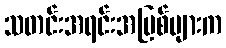
သတင်းအရင်းအမြစ်များက